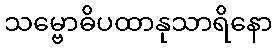
သမ္ဗောဓိပထာနုသာရိနော